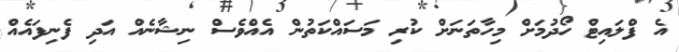
އެ ފްލައިޓް ހޯދުމަށް މިހާތަނަށް ކުރި މަސައްކަތުން އެއްވެސް ނިޝާނެއް އަދި ފެނިފައެއް